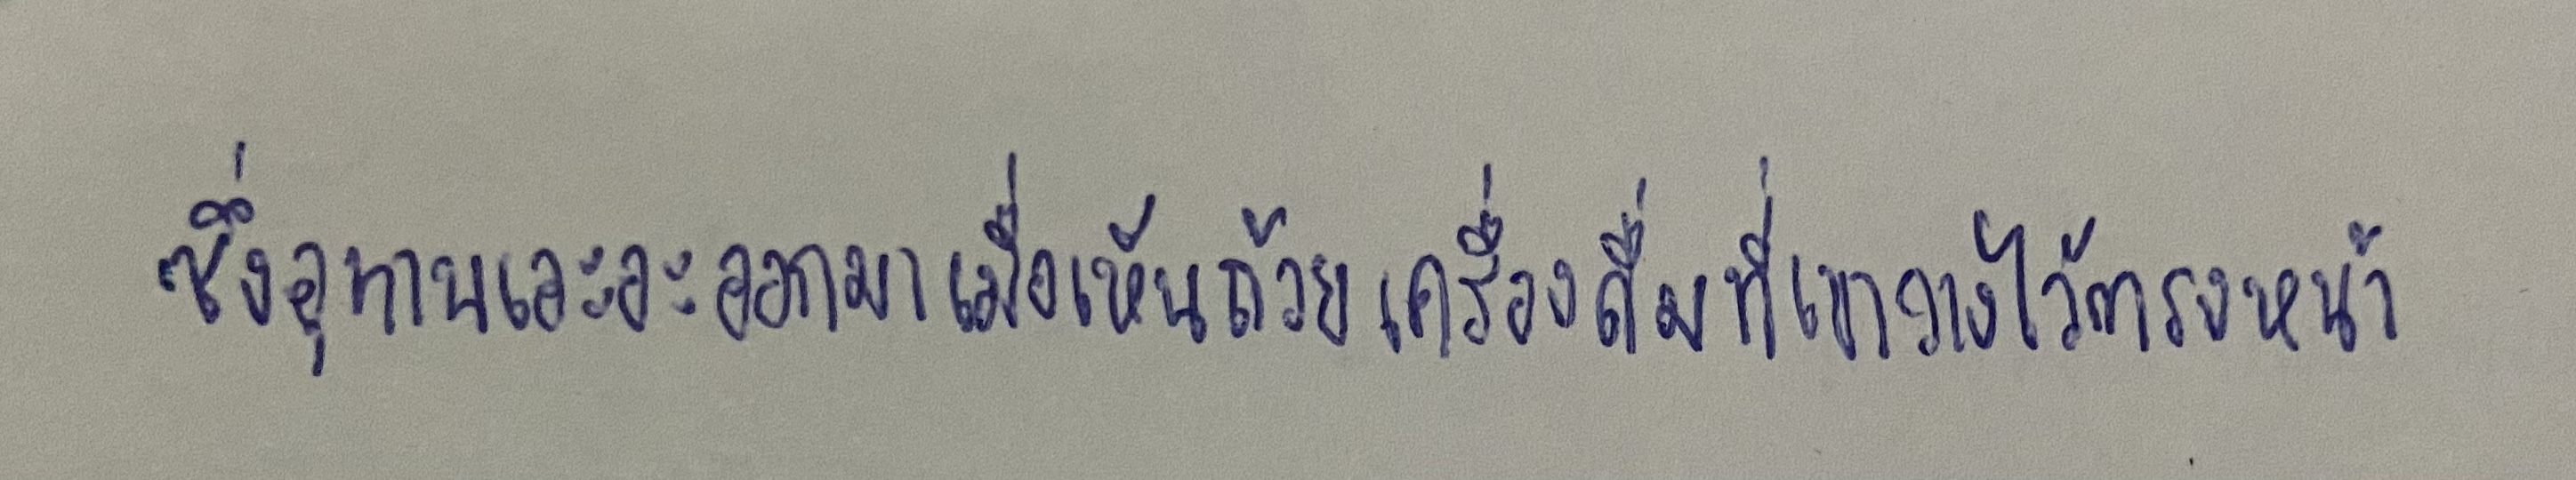
ซึ่งอุทานเอะอะออกมาเมื่อเห็นถ้วยเครื่องดื่มที่เขาวางไว้ตรงหน้า